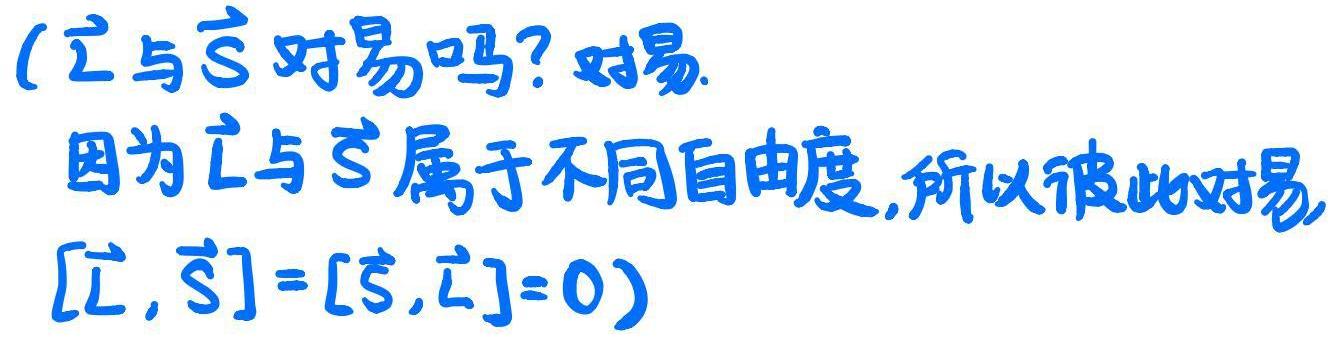
( $\hat{\boldsymbol{l}}$ 与 $\hat{\boldsymbol{s}}$ 对易吗? 对易. 因为 $\hat{\boldsymbol{l}}$ 与 $\hat{\boldsymbol{s}}$ 属于不同自由度,所以彼此对易, $[\hat{\boldsymbol{l}},\hat{\boldsymbol{s}}]=[\hat{\boldsymbol{s}},\hat{\boldsymbol{l}}]=0$ )